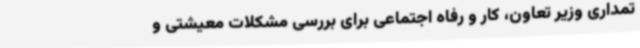
تمداری وزیر تعاون، کار و رفاه اجتماعی برای بررسی مشکلات معیشتی و